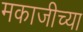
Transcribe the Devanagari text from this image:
मकाजीच्या